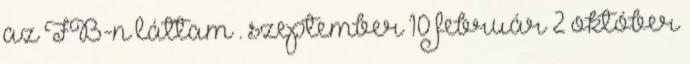
az FB-n láttam . szeptember 10 február 2 október